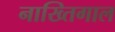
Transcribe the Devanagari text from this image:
नाख्तिगाल